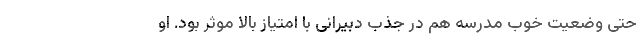
حتی وضعیت خوب مدرسه هم در جذب دبیرانی با امتیاز بالا موثر بود. او